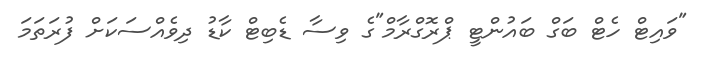
"ވައިޓް ހެޓް ބަގް ބައުންޓީ ޕްރޮގްރާމް"ގެ ވިސާ ޑެބިޓް ކާޑު ދިވެއްސަކަށް ފުރަތަމަ